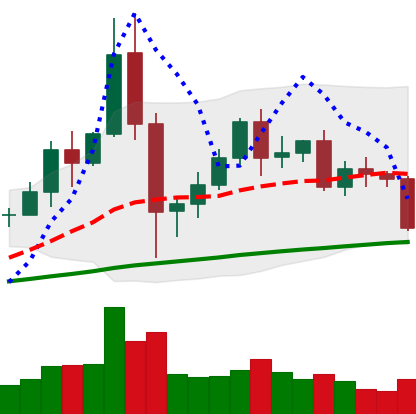
Ticker: BNB-USD
Chart end date: 2020-12-08
Forward return: 5.302%
Label: up_5_7